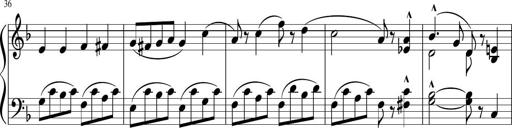
Title: 3 Sonatinen
Composer: Heinrich Lichner